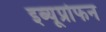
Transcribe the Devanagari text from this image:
इब्यूप्रोफन